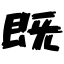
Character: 既